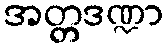
အတ္တဒဏ္ဍာ